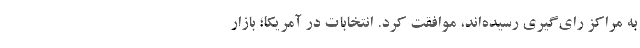
به مراکز رای‌گیری رسیده‌اند، موافقت کرد. انتخابات در آمریکا؛ بازار